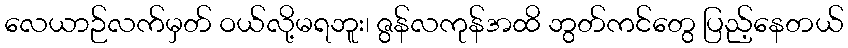
လေယာဉ်လက်မှတ် ဝယ်လို့မရဘူး၊ ဇွန်လကုန်အထိ ဘွတ်ကင်တွေ ပြည့်နေတယ်